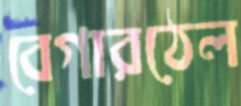
বেগারঠেল